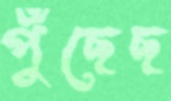
পুঁছেছ